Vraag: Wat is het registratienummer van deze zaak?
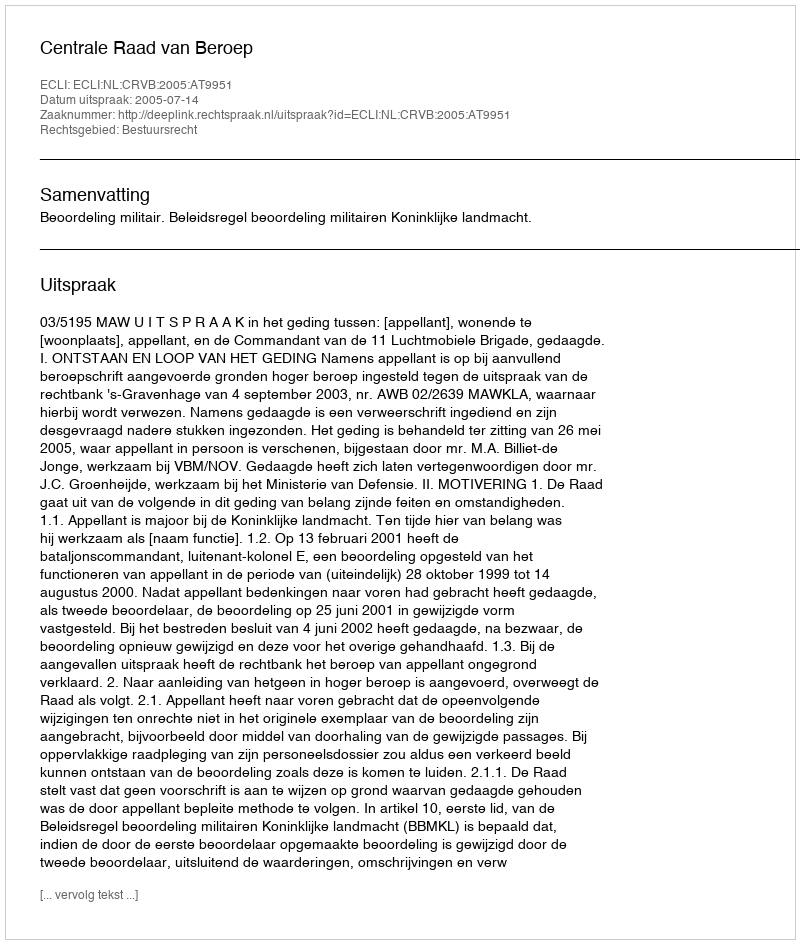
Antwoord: http://deeplink.rechtspraak.nl/uitspraak?id=ECLI:NL:CRVB:2005:AT9951